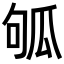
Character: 𤫱